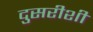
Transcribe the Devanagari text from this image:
दुसरीशी